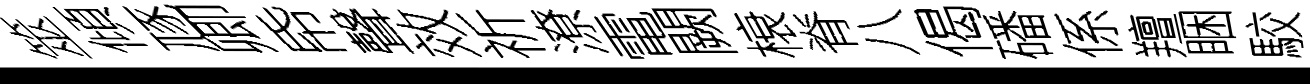
筮傾豗卿帋聲效祈潦電闕榱脊八偈磻係羶睏駮